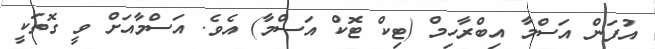
އުފަން އަސްމާ އިބްރާހިމް (ޓިކް ޓޮކް އަސްމާ) އެވެ. އަސްމާއަށް ވީ ގޮތަކީ